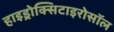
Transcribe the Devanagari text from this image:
हाइड्रोक्सिटाइरोसॉल